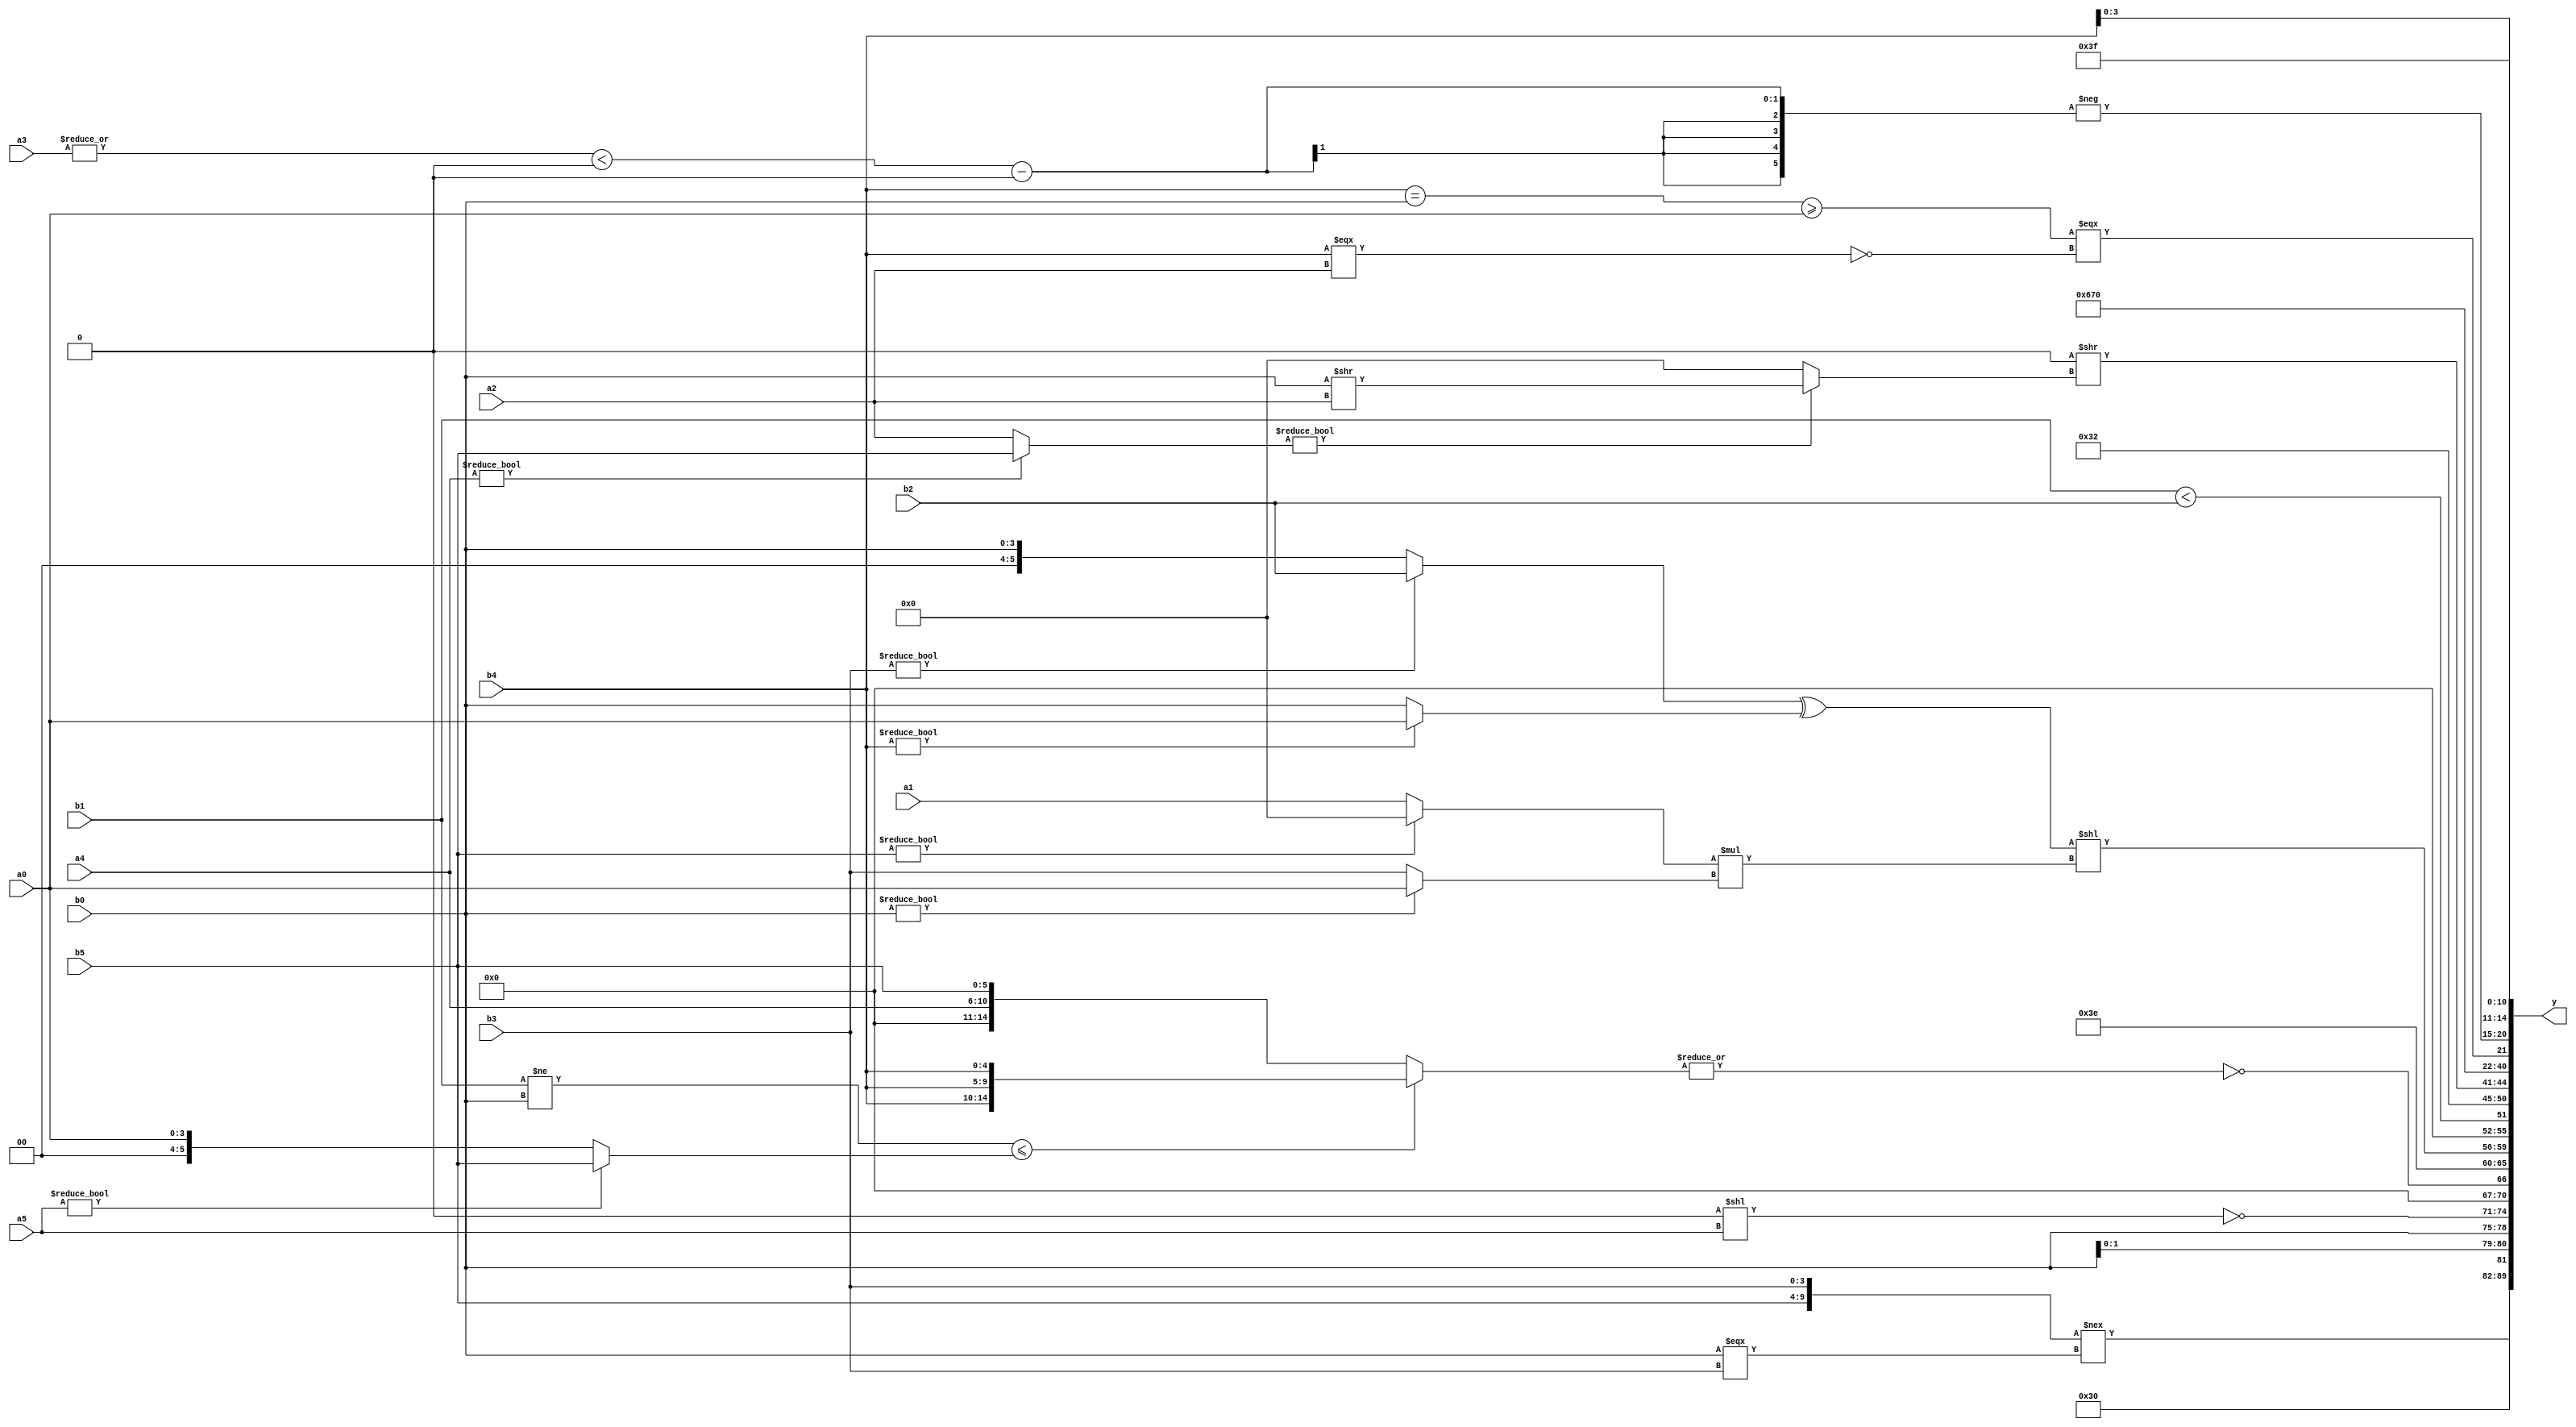
module expression_00402(a0, a1, a2, a3, a4, a5, b0, b1, b2, b3, b4, b5, y);
  input [3:0] a0;
  input [4:0] a1;
  input [5:0] a2;
  input signed [3:0] a3;
  input signed [4:0] a4;
  input signed [5:0] a5;

  input [3:0] b0;
  input [4:0] b1;
  input [5:0] b2;
  input signed [3:0] b3;
  input signed [4:0] b4;
  input signed [5:0] b5;

  wire [3:0] y0;
  wire [4:0] y1;
  wire [5:0] y2;
  wire signed [3:0] y3;
  wire signed [4:0] y4;
  wire signed [5:0] y5;
  wire [3:0] y6;
  wire [4:0] y7;
  wire [5:0] y8;
  wire signed [3:0] y9;
  wire signed [4:0] y10;
  wire signed [5:0] y11;
  wire [3:0] y12;
  wire [4:0] y13;
  wire [5:0] y14;
  wire signed [3:0] y15;
  wire signed [4:0] y16;
  wire signed [5:0] y17;

  output [89:0] y;
  assign y = {y0,y1,y2,y3,y4,y5,y6,y7,y8,y9,y10,y11,y12,y13,y14,y15,y16,y17};

  localparam [3:0] p0 = {{(^{(~|(3'd6)),{(3'd6)},{(-4'sd7),(-5'sd6),(4'd4)}}),{(-{(-2'sd1)}),(&(-(3'd7)))}}};
  localparam [4:0] p1 = ({(((5'd29)||(3'sd1))<{(4'd5),(5'sd4),(3'd4)})}>={(((5'd5)<(3'd2))+{{(-2'sd1),(-4'sd5)}})});
  localparam [5:0] p2 = ((5'd2)===(5'd22));
  localparam signed [3:0] p3 = {3{(4'sd5)}};
  localparam signed [4:0] p4 = (~^(~|({1{{((2'sd1)===(-4'sd6)),((5'd22)?(2'sd0):(3'sd0))}}}>>(~^({(4'sd4),(-3'sd1),(4'd8)}?{4{(4'd8)}}:(-(3'd4)))))));
  localparam signed [5:0] p5 = (((5'sd14)?(-5'sd15):(-4'sd7))?({4{(2'd0)}}||{1{(-3'sd0)}}):((3'd6)?(3'd2):(4'sd3)));
  localparam [3:0] p6 = {4{{3{(-5'sd9)}}}};
  localparam [4:0] p7 = (!((3'sd2)===(4'd0)));
  localparam [5:0] p8 = (~|(&{4{(3'd1)}}));
  localparam signed [3:0] p9 = {4{(5'sd15)}};
  localparam signed [4:0] p10 = ((-5'sd1)?(((-4'sd2)?(-4'sd1):(2'd1))+{3{(3'd7)}}):(-(4'd5)));
  localparam signed [5:0] p11 = ((~&(~&(-{3{(3'sd2)}})))?(!{2{{1{(5'd0)}}}}):(~&((-3'sd3)?(-3'sd0):(3'sd2))));
  localparam [3:0] p12 = {2{({4{(-5'sd12)}}?((5'sd8)+(5'd12)):(&(4'd14)))}};
  localparam [4:0] p13 = (4'sd1);
  localparam [5:0] p14 = (|{3{(~&(&(4'sd7)))}});
  localparam signed [3:0] p15 = (((~|(5'd3))+((-4'sd7)/(5'sd8)))-(((3'd1)!==(4'sd6))*((3'd7)%(4'd12))));
  localparam signed [4:0] p16 = (~((-(&(!(!(3'd5)))))&&((2'd0)||(-3'sd0))));
  localparam signed [5:0] p17 = (((((4'd1)>>(3'sd1))>((5'sd11)||(-5'sd3)))==(6'd2 * ((4'd8)<<<(3'd2))))^~(5'd2 * ((5'd31)==(4'd11))));

  assign y0 = {(&p13),(~p15)};
  assign y1 = $unsigned($unsigned($unsigned(({b5,b3}!==(b0===b3)))));
  assign y2 = {3{{{p2},{2{b0}}}}};
  assign y3 = (~($unsigned(p5)<<{a5}));
  assign y4 = (~|(((b1!=b0)<=(a5?b5:a0))?{3{b4}}:(+{1{{a4,b5}}})));
  assign y5 = (~((3'sd1)!==(5'd4)));
  assign y6 = $signed((((b3?b2:b0)^(b4?a0:b0))<<($signed((b5?p4:a1))*$signed((b0?a0:b3)))));
  assign y7 = (b1<b2);
  assign y8 = ((-5'sd14));
  assign y9 = $signed((((4'd0))>>((a4?b5:a2)?(b0>>a2):(-5'sd0))));
  assign y10 = {{4{(-3'sd0)}}};
  assign y11 = (3'd6);
  assign y12 = {3{({3{p11}}>=(p12&p16))}};
  assign y13 = (((b4==b0)>=(a0))===(&$signed((~&(b4===a2)))));
  assign y14 = (-(((|a3)<(^p9))-(&(2'd1))));
  assign y15 = (p14?b4:a5);
  assign y16 = {{(a3?p9:b3),(p10?a2:a1),(p16?p1:p14)}};
  assign y17 = (-2'sd1);
endmodule